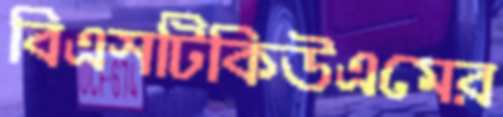
বিএসটিকিউএমের